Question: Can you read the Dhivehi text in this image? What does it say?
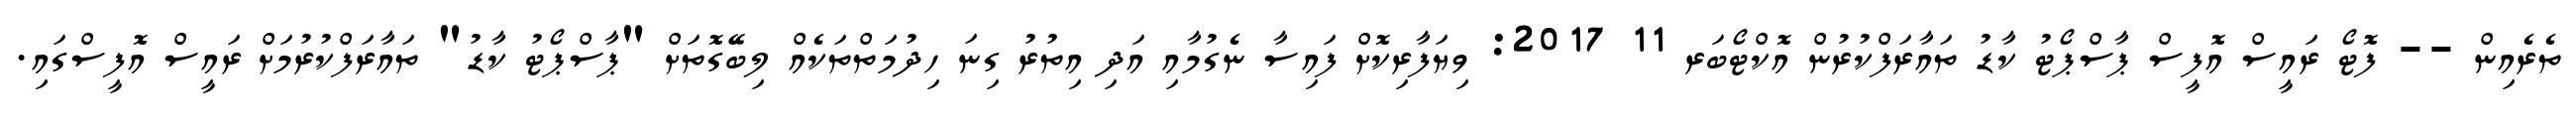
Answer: ތެރެއިން -- ފޮޓޯ ރައީސް އޮފީސް ޕާސްޕޯޓު ކާޑު ތައާރަފްކުރުން އޮކްޓޯބަރ 11 2017: ވިޔަފާރިކޮށް ފައިސާ ނެގުމާއި އަދި އިތުރު ގިނަ ހިދުމަތްތަކެއް ލިބޭގޮތަށް "ޕާސްޕޯޓު ކާޑު" ތައާރަފްކުރުމަށް ރައީސް އޮފީސްގައި.